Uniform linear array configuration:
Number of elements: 16
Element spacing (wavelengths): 0.25
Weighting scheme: binomial
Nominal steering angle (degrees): -45
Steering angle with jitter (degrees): -44.547
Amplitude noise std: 0.05
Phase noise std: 0.05

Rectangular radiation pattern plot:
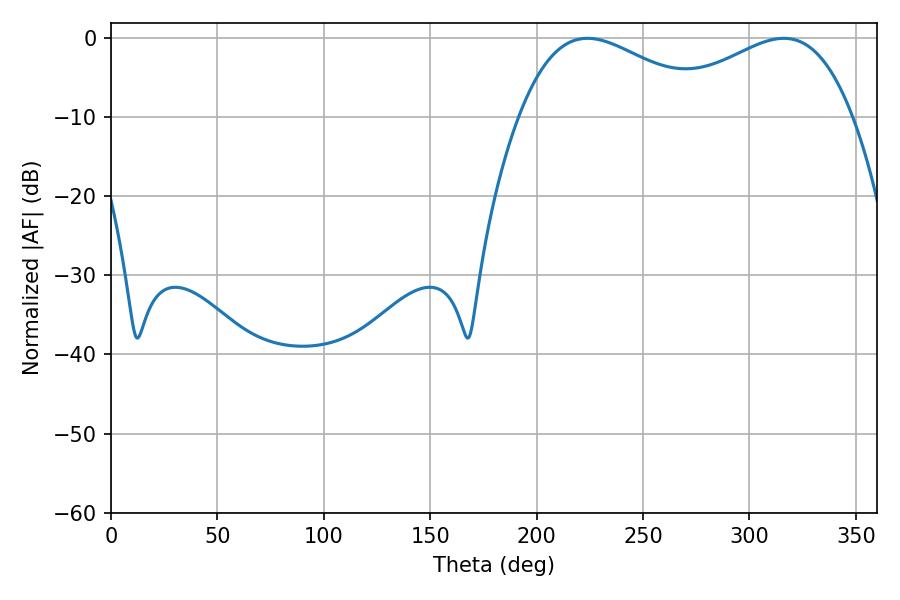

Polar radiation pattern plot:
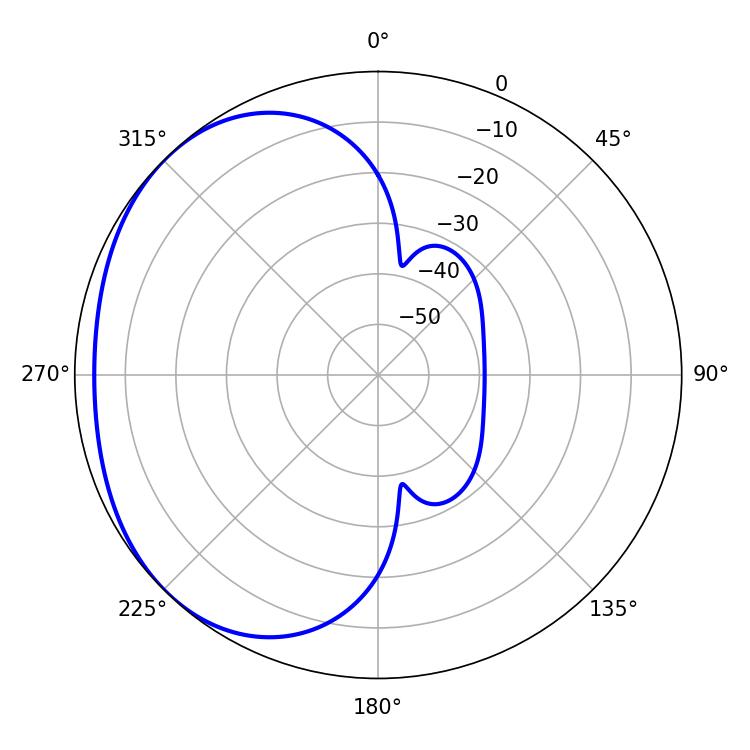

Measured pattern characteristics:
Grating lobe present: FALSE
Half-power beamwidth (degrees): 49.86
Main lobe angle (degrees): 223.92